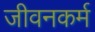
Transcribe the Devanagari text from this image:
जीवनकर्म